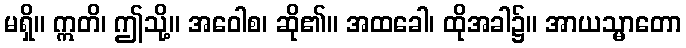
မရှိ။ ဣတိ၊ ဤသို့။ အဝေါစ၊ ဆို၏။ အထခေါ၊ ထိုအခါ၌။ အာယသ္မာတော